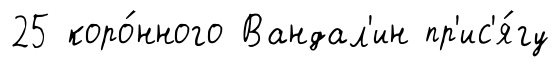
25 коро́нного Вандал'ин пр'ис'я́гу